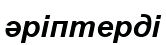
әріптерді